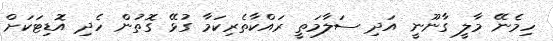
ހިމެނޭ މާލީ ގާނޫނީ އަދި ސަލާމަތީ ރައްކާތެރިކަމާ ގުޅޭ ގޮތުން ހެދި އޮޑިޓަކަށް